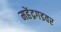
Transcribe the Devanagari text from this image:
महेंद्रगडवर